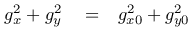
\begin{array} { r l r } { g _ { x } ^ { 2 } + g _ { y } ^ { 2 } } & { { } = } & { g _ { x 0 } ^ { 2 } + g _ { y 0 } ^ { 2 } } \end{array}